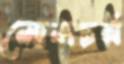
লোলচর্ম